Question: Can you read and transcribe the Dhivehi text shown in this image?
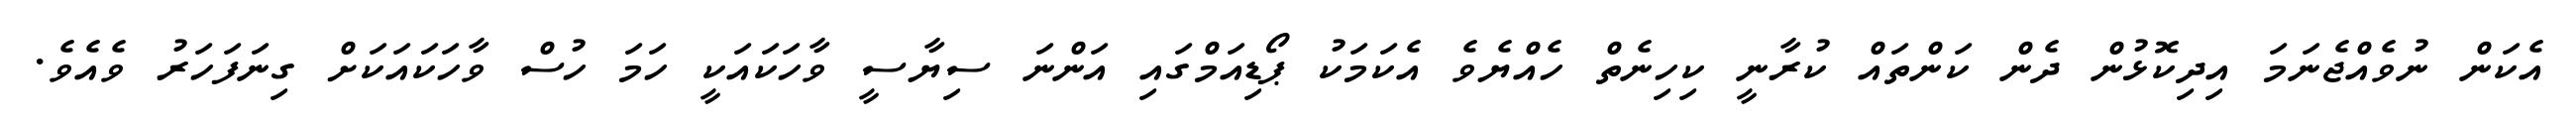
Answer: އެކަން ނުވެއްޖެނަމަ އިދިކޮޅުން ދެން ކަންތައް ކުރާނީ ކިހިނެތް ހެއްޔެވެ އެކަމަކު ޕޯޑިއަމްގައި އަންނަ ސިޔާސީ ވާހަކައަކީ ހަމަ ހުސް ވާހަކައަކަށް ގިނަފަހަރު ވެއެވެ.